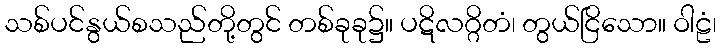
သစ်ပင်နွယ်စသည်တို့တွင် တစ်ခုခု၌။ ပဋိလဂ္ဂိတံ၊ တွယ်ငြိသော။ ဝါဠံ၊